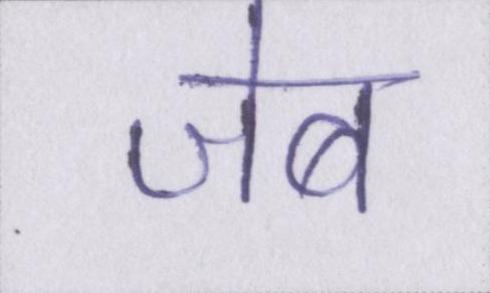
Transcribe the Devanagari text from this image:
जेब